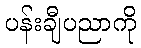
ပန်းချီပညာကို